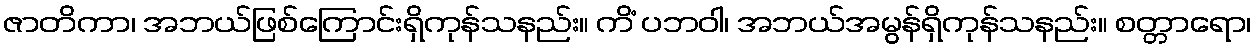
ဇာတိကာ၊ အဘယ်ဖြစ်ကြောင်းရှိကုန်သနည်း။ ကိံ ပဘဝါ၊ အဘယ်အမွန်ရှိကုန်သနည်း။ စတ္တာရော၊